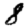
Digit: 8